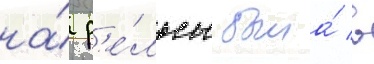
на́ р'е́льсы была́ в